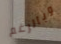
وبالرغم